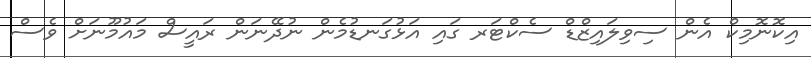
އިކޮނޮމިކް އެން ސިވިލައިޒްޑް ސެކްޓަރ ގައި އަޅުގަނޑުމެން ނުދޭނަން ރައީސް މައުމޫނަށް ވެސް